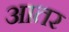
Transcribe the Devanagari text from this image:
आतर